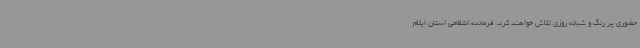
حضوری پر رنگ و شبانه روزی تلاش خواهند کرد. فرمانده انتظامی استان ایلام